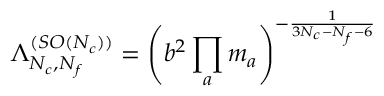
{ \Lambda _ { N _ { c } , N _ { f } } ^ { ( S O ( N _ { c } ) ) } } = \left( b ^ { 2 } \prod _ { a } m _ { a } \right) ^ { - { \frac { 1 } { 3 N _ { c } - N _ { f } - 6 } } }